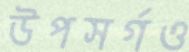
উপসর্গও